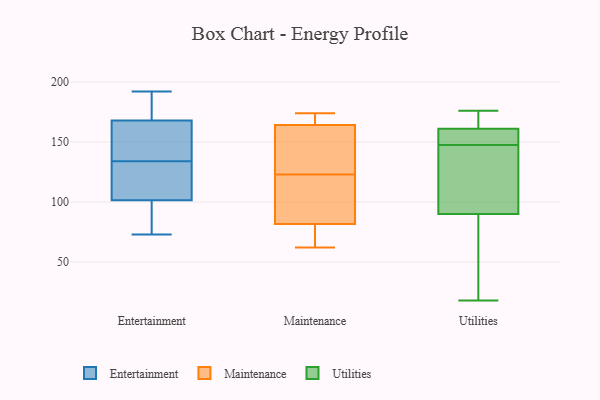
{"axis": {"x": "LTV (USD)", "y": "Value"}, "legend": ["Entertainment", "Maintenance", "Utilities"], "data": [{"x": "", "y": 95, "type": "Entertainment"}, {"x": "", "y": 73, "type": "Entertainment"}, {"x": "", "y": 182, "type": "Entertainment"}, {"x": "", "y": 121, "type": "Entertainment"}, {"x": "", "y": 86, "type": "Entertainment"}, {"x": "", "y": 192, "type": "Entertainment"}, {"x": "", "y": 130, "type": "Entertainment"}, {"x": "", "y": 138, "type": "Entertainment"}, {"x": "", "y": 150, "type": "Entertainment"}, {"x": "", "y": 172, "type": "Entertainment"}, {"x": "", "y": 108, "type": "Entertainment"}, {"x": "", "y": 164, "type": "Entertainment"}, {"x": "", "y": 123, "type": "Maintenance"}, {"x": "", "y": 159, "type": "Maintenance"}, {"x": "", "y": 70, "type": "Maintenance"}, {"x": "", "y": 101, "type": "Maintenance"}, {"x": "", "y": 67, "type": "Maintenance"}, {"x": "", "y": 174, "type": "Maintenance"}, {"x": "", "y": 173, "type": "Maintenance"}, {"x": "", "y": 112, "type": "Maintenance"}, {"x": "", "y": 127, "type": "Maintenance"}, {"x": "", "y": 62, "type": "Maintenance"}, {"x": "", "y": 90, "type": "Maintenance"}, {"x": "", "y": 166, "type": "Maintenance"}, {"x": "", "y": 69, "type": "Maintenance"}, {"x": "", "y": 100, "type": "Maintenance"}, {"x": "", "y": 168, "type": "Maintenance"}, {"x": "", "y": 79, "type": "Maintenance"}, {"x": "", "y": 151, "type": "Maintenance"}, {"x": "", "y": 133, "type": "Maintenance"}, {"x": "", "y": 172, "type": "Maintenance"}, {"x": "", "y": 154, "type": "Utilities"}, {"x": "", "y": 42, "type": "Utilities"}, {"x": "", "y": 152, "type": "Utilities"}, {"x": "", "y": 67, "type": "Utilities"}, {"x": "", "y": 18, "type": "Utilities"}, {"x": "", "y": 176, "type": "Utilities"}, {"x": "", "y": 161, "type": "Utilities"}, {"x": "", "y": 143, "type": "Utilities"}, {"x": "", "y": 122, "type": "Utilities"}, {"x": "", "y": 167, "type": "Utilities"}, {"x": "", "y": 113, "type": "Utilities"}, {"x": "", "y": 161, "type": "Utilities"}]}